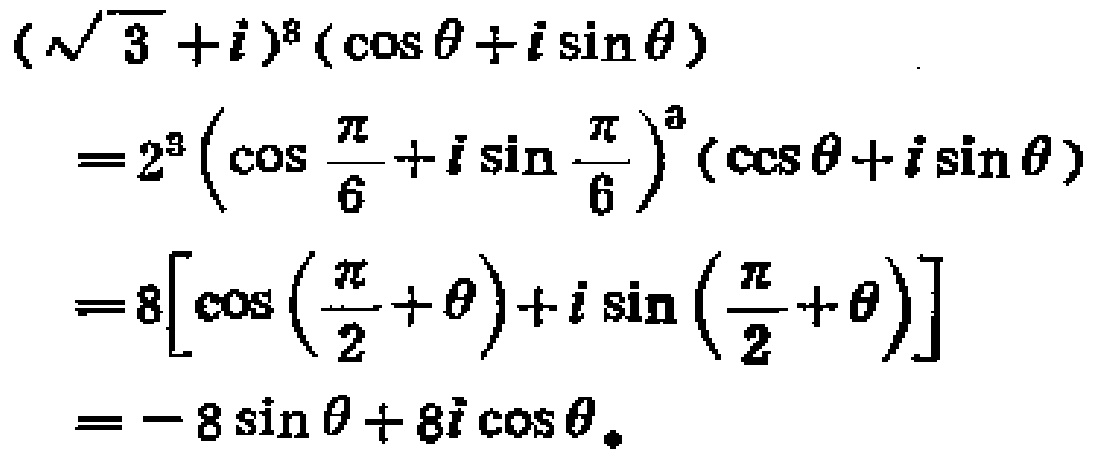
\[
\begin{align*}
&(\sqrt{3}+i)^{3}(\cos\theta + i\sin\theta)\\
=&2^{3}\left(\cos\frac{\pi}{6}+i\sin\frac{\pi}{6}\right)^{3}(\cos\theta + i\sin\theta)\\
=&8\left[\cos\left(\frac{\pi}{2}+\theta\right)+i\sin\left(\frac{\pi}{2}+\theta\right)\right]\\
=& - 8\sin\theta+8i\cos\theta.
\end{align*}
\]